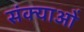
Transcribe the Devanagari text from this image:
संक्याओं